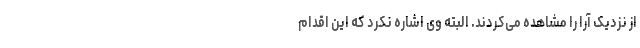
از نزدیک آرا را مشاهده می‌کردند. البته وی اشاره نکرد که این اقدام